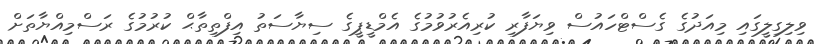
ވިލިގިލީގައި މިއަދުގެ ގެސްޓްހައުސް ވިޔަފާރި ކުރިއެރުވުމުގެ އެމްޑީޕީގެ ސިޔާސަތު އިފްތިތާޙް ކުރުމުގެ ރަސްމިއްޔާތަށް